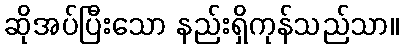
ဆိုအပ်ပြီးသော နည်းရှိကုန်သည်သာ။